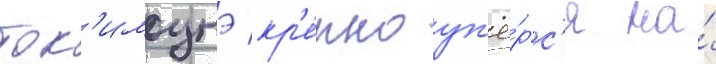
ток'имунэ кр'е́пко уп'ё́рс'я на́